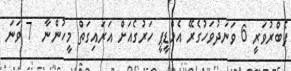
ފެބްރުވަރީ 6 ވަނަދުވަހުގެރޭ އެމްޑީޕީ ހަރުގެއަށް އަރައިގަތް މީހުންނާ  7 ވަނަ